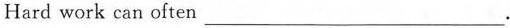
Hard work can often ___